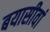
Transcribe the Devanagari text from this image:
बयासीवां